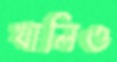
খালিও